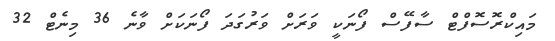
މައިކްރޮސޮފްޓް ސާފޭސް ފޯނަކީ ވަރަށް ވަރުގަދަ ފޯނަކަށް ވާނެ 36 މިނެޓް 32